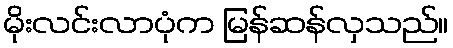
မိုးလင်းလာပုံက မြန်ဆန်လှသည်။